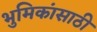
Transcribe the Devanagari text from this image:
भुमिकांसाठी